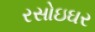
રસોઇઘર